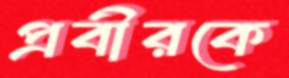
প্রবীরকে